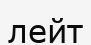
лейт